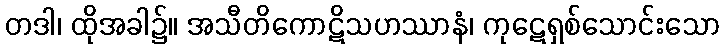
တဒါ၊ ထိုအခါ၌။ အသီတိကောဋိသဟဿာနံ၊ ကုဋေရှစ်သောင်းသော